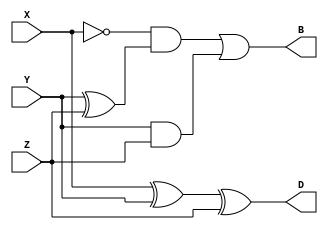

module full_sub(output D, B, input X, Y, Z);
assign D = X ^ Y ^ Z;
assign B = ~X & (Y^Z) | Y & Z;
endmodule